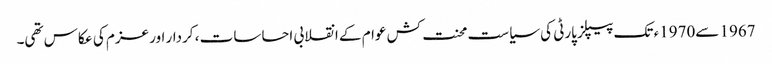
1967 سے1970ء تک پیپلز پارٹی کی سیاست محنت کش عوام کے انقلابی احساسات ، کردار اور عزم کی عکاس تھی۔